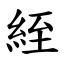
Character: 絰